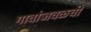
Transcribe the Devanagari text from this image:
गावांजवळची